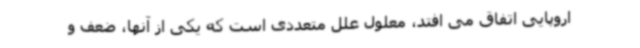
اروپایی اتفاق می افتد، معلول علل متعددی است که یکی از آنها، ضعف و